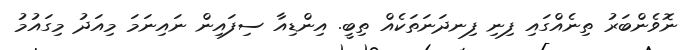
ނޮވެންބަރު ތިނެއްގައި ފިނި ފިނދަނަތަކެއް ތިބީ. އިންޑިއާ ސިފައިން ނައިނަމަ މިއަދު މިގައުމު